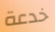
خدعة